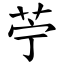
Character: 苧